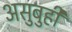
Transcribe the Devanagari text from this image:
असुबुही